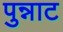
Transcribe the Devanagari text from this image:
पुन्नाट